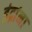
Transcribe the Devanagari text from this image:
इंद्रांना